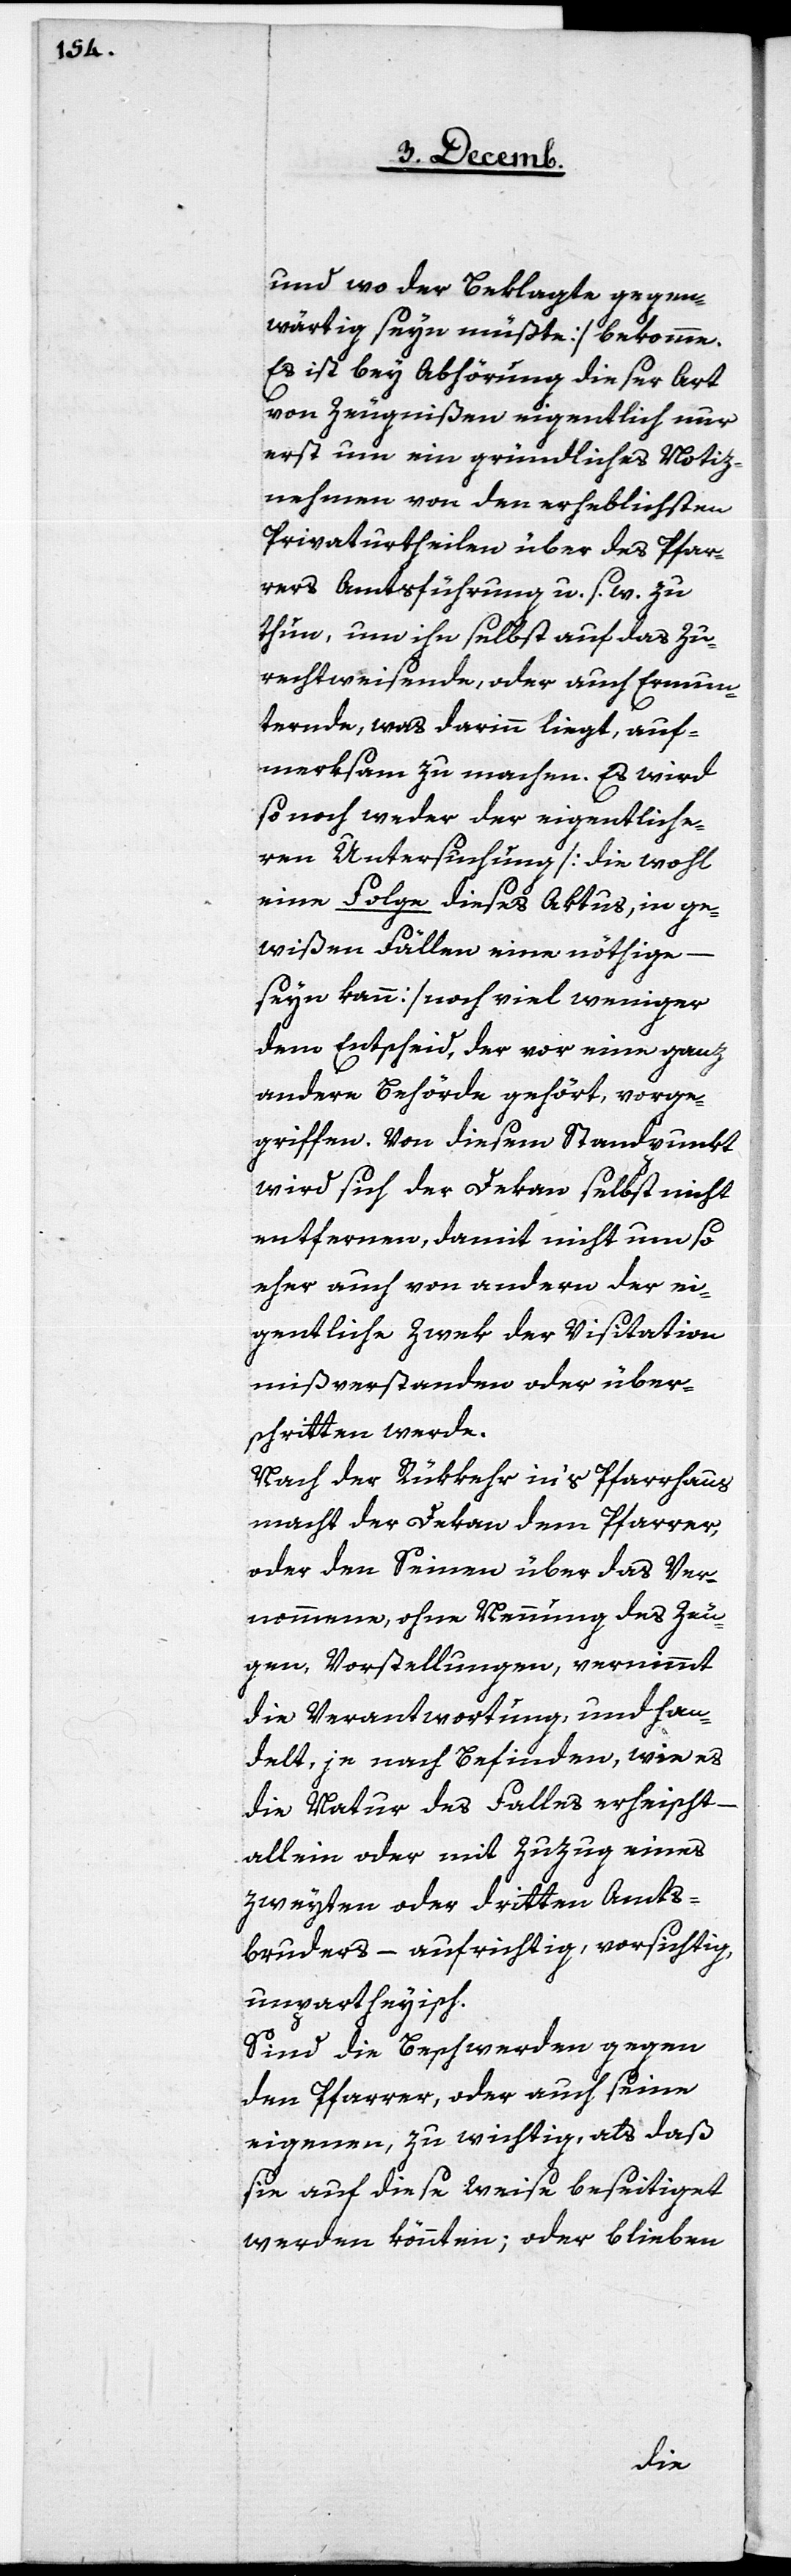
und wo der Beklagte gegen¬
wärtig seyn müßte] bekomme.
Es ist bey Abhörung dieser Art
von Zeugnißen eigentlich nur
erst um ein gründliches Notiz¬
nehmen von den erheblichsten
Privaturtheilen über des Pfar¬
rers Amtsführung u. s. w. zu
thun, um ihn selbst auf das Zu¬
rechtweisende, oder auch Ermun¬
ternde, was darinn liegt, auf¬
merksam zu machen. Es wird
so noch weder der eigentliche
von Untersuchung [die wohl
eine Folge dieses Aktus, in ge¬
wißen Fällen eine nöthige
–
seyn kann] noch viel weniger
dem Entscheid, der vor eine ganz
andere Behörde gehört, vorge¬
griffen. Von diesem Standpunkt
wird sich der Dekan selbst nicht
entfernen, damit nicht um so
eher auch von andern der ei¬
gentliche Zwek der Visitation
mißverstanden oder über¬
schritten werde.
Nach der Rükkehr in’s Pfarrhaus
macht der Dekan dem Pfarrer,
oder den Seinen über das Ver¬
nommene, ohne Nennung des Zeu¬
gen, Vorstellungen, vernimmt
die Verantwortung, und han¬
delt, je nach Befinden, wie es
die Natur des Falles erheischt
allein oder mit Zuzug eines
zweyten oder dritten Amts¬
bruders – aufrichtig, vorsichtig,
unpartheyisch.
Sind die Beschwerden gegen
den Pfarrer, oder auch seine
eigenen, zu wichtig, als daß
sie auf diese Weise beseitiget
werden könnten; oder blieben